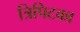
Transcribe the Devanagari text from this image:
त्रिपिटका